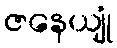
ဇနေယျုံ